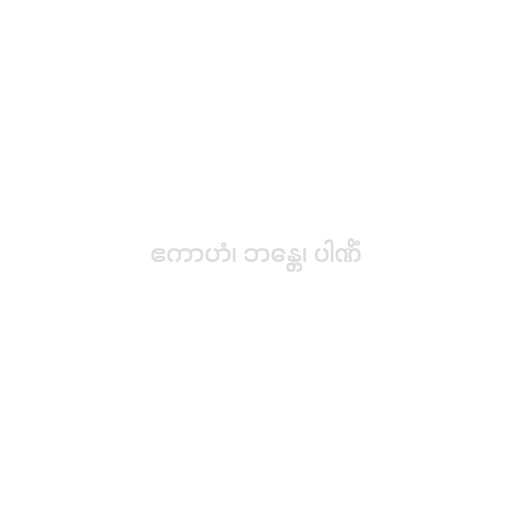
ဧကာဟံ၊ ဘန္တေ၊ ပါဏိံ